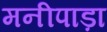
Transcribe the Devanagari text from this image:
मनीपाड़ा